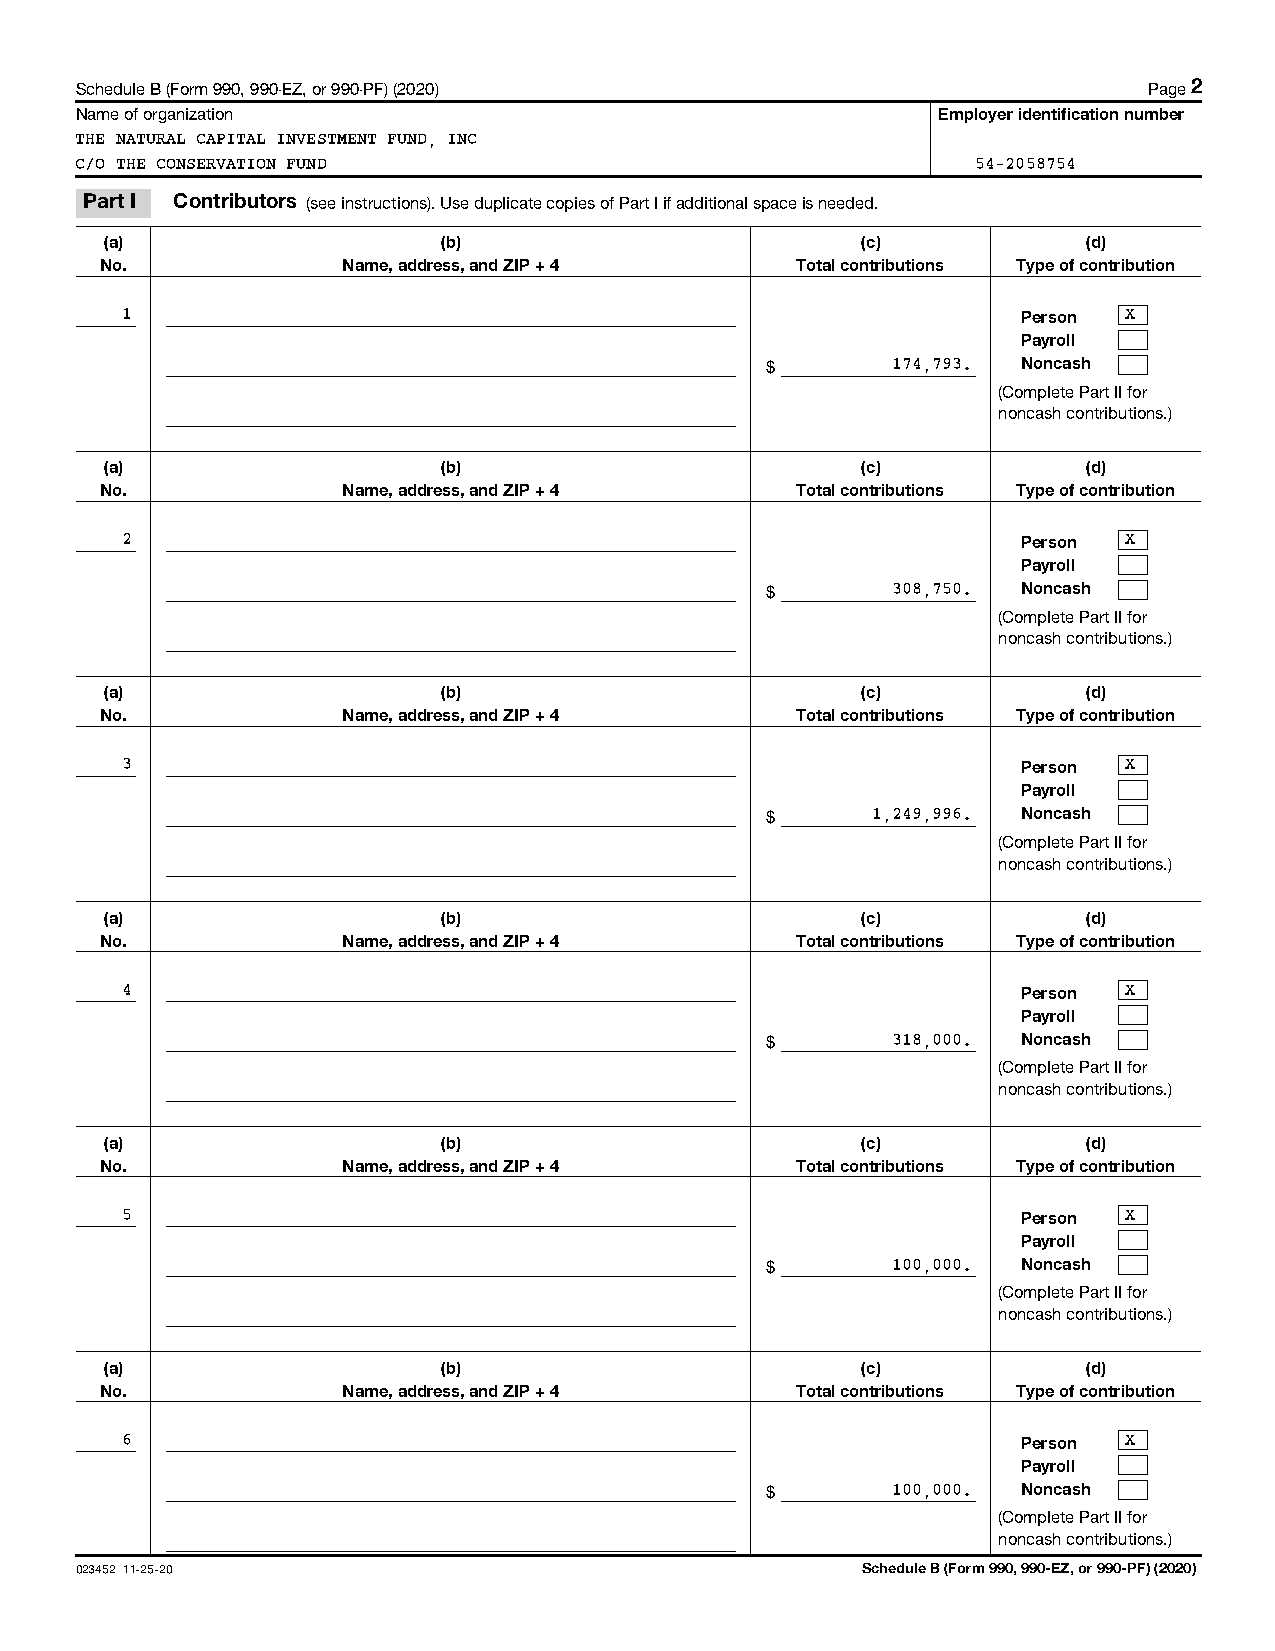
Schedule B (Form 990, 990-EZ, or 990-PF) (2020)                        Page 2
 Name of organization                                     Employer identification number
 THE NATURAL CAPITAL INVESTMENT FUND, INC
 C/O THE CONSERVATION FUND                                   54-2058754
 Part I Contributors (see instructions). Use duplicate copies of Part I if additional space is needed.
 (a)                   (b)                         (c)            (d)
 No.             Name, address, and ZIP + 4    Total contributions Type of contribution
 1
 Person
 X
 Payroll
 $       174,793. Noncash
 (Complete Part II for
 noncash contributions.)
 (a)                   (b)                         (c)            (d)
 No.             Name, address, and ZIP + 4    Total contributions Type of contribution
 2
 Person
 X
 Payroll
 $       308,750. Noncash
 (Complete Part II for
 noncash contributions.)
 (a)                   (b)                         (c)            (d)
 No.             Name, address, and ZIP + 4    Total contributions Type of contribution
 3
 Person
 X
 Payroll
 $      1,249,996. Noncash
 (Complete Part II for
 noncash contributions.)
 (a)                   (b)                         (c)            (d)
 No.             Name, address, and ZIP + 4    Total contributions Type of contribution
 4
 Person
 X
 Payroll
 $       318,000. Noncash
 (Complete Part II for
 noncash contributions.)
 (a)                   (b)                         (c)            (d)
 No.             Name, address, and ZIP + 4    Total contributions Type of contribution
 5
 Person
 X
 Payroll
 $       100,000. Noncash
 (Complete Part II for
 noncash contributions.)
 (a)                   (b)                         (c)            (d)
 No.             Name, address, and ZIP + 4    Total contributions Type of contribution
 6
 Person
 X
 Payroll
 $       100,000. Noncash
 (Complete Part II for
 noncash contributions.)
 023452 11-25-20                                     Schedule B (Form 990, 990-EZ, or 990-PF) (2020)